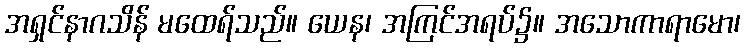
အရှင်နာဂသိန် မထေရ်သည်။ ယေန၊ အကြင်အရပ်၌။ အသောကာရာမော၊